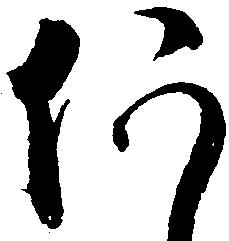
何